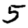
Digit: 5